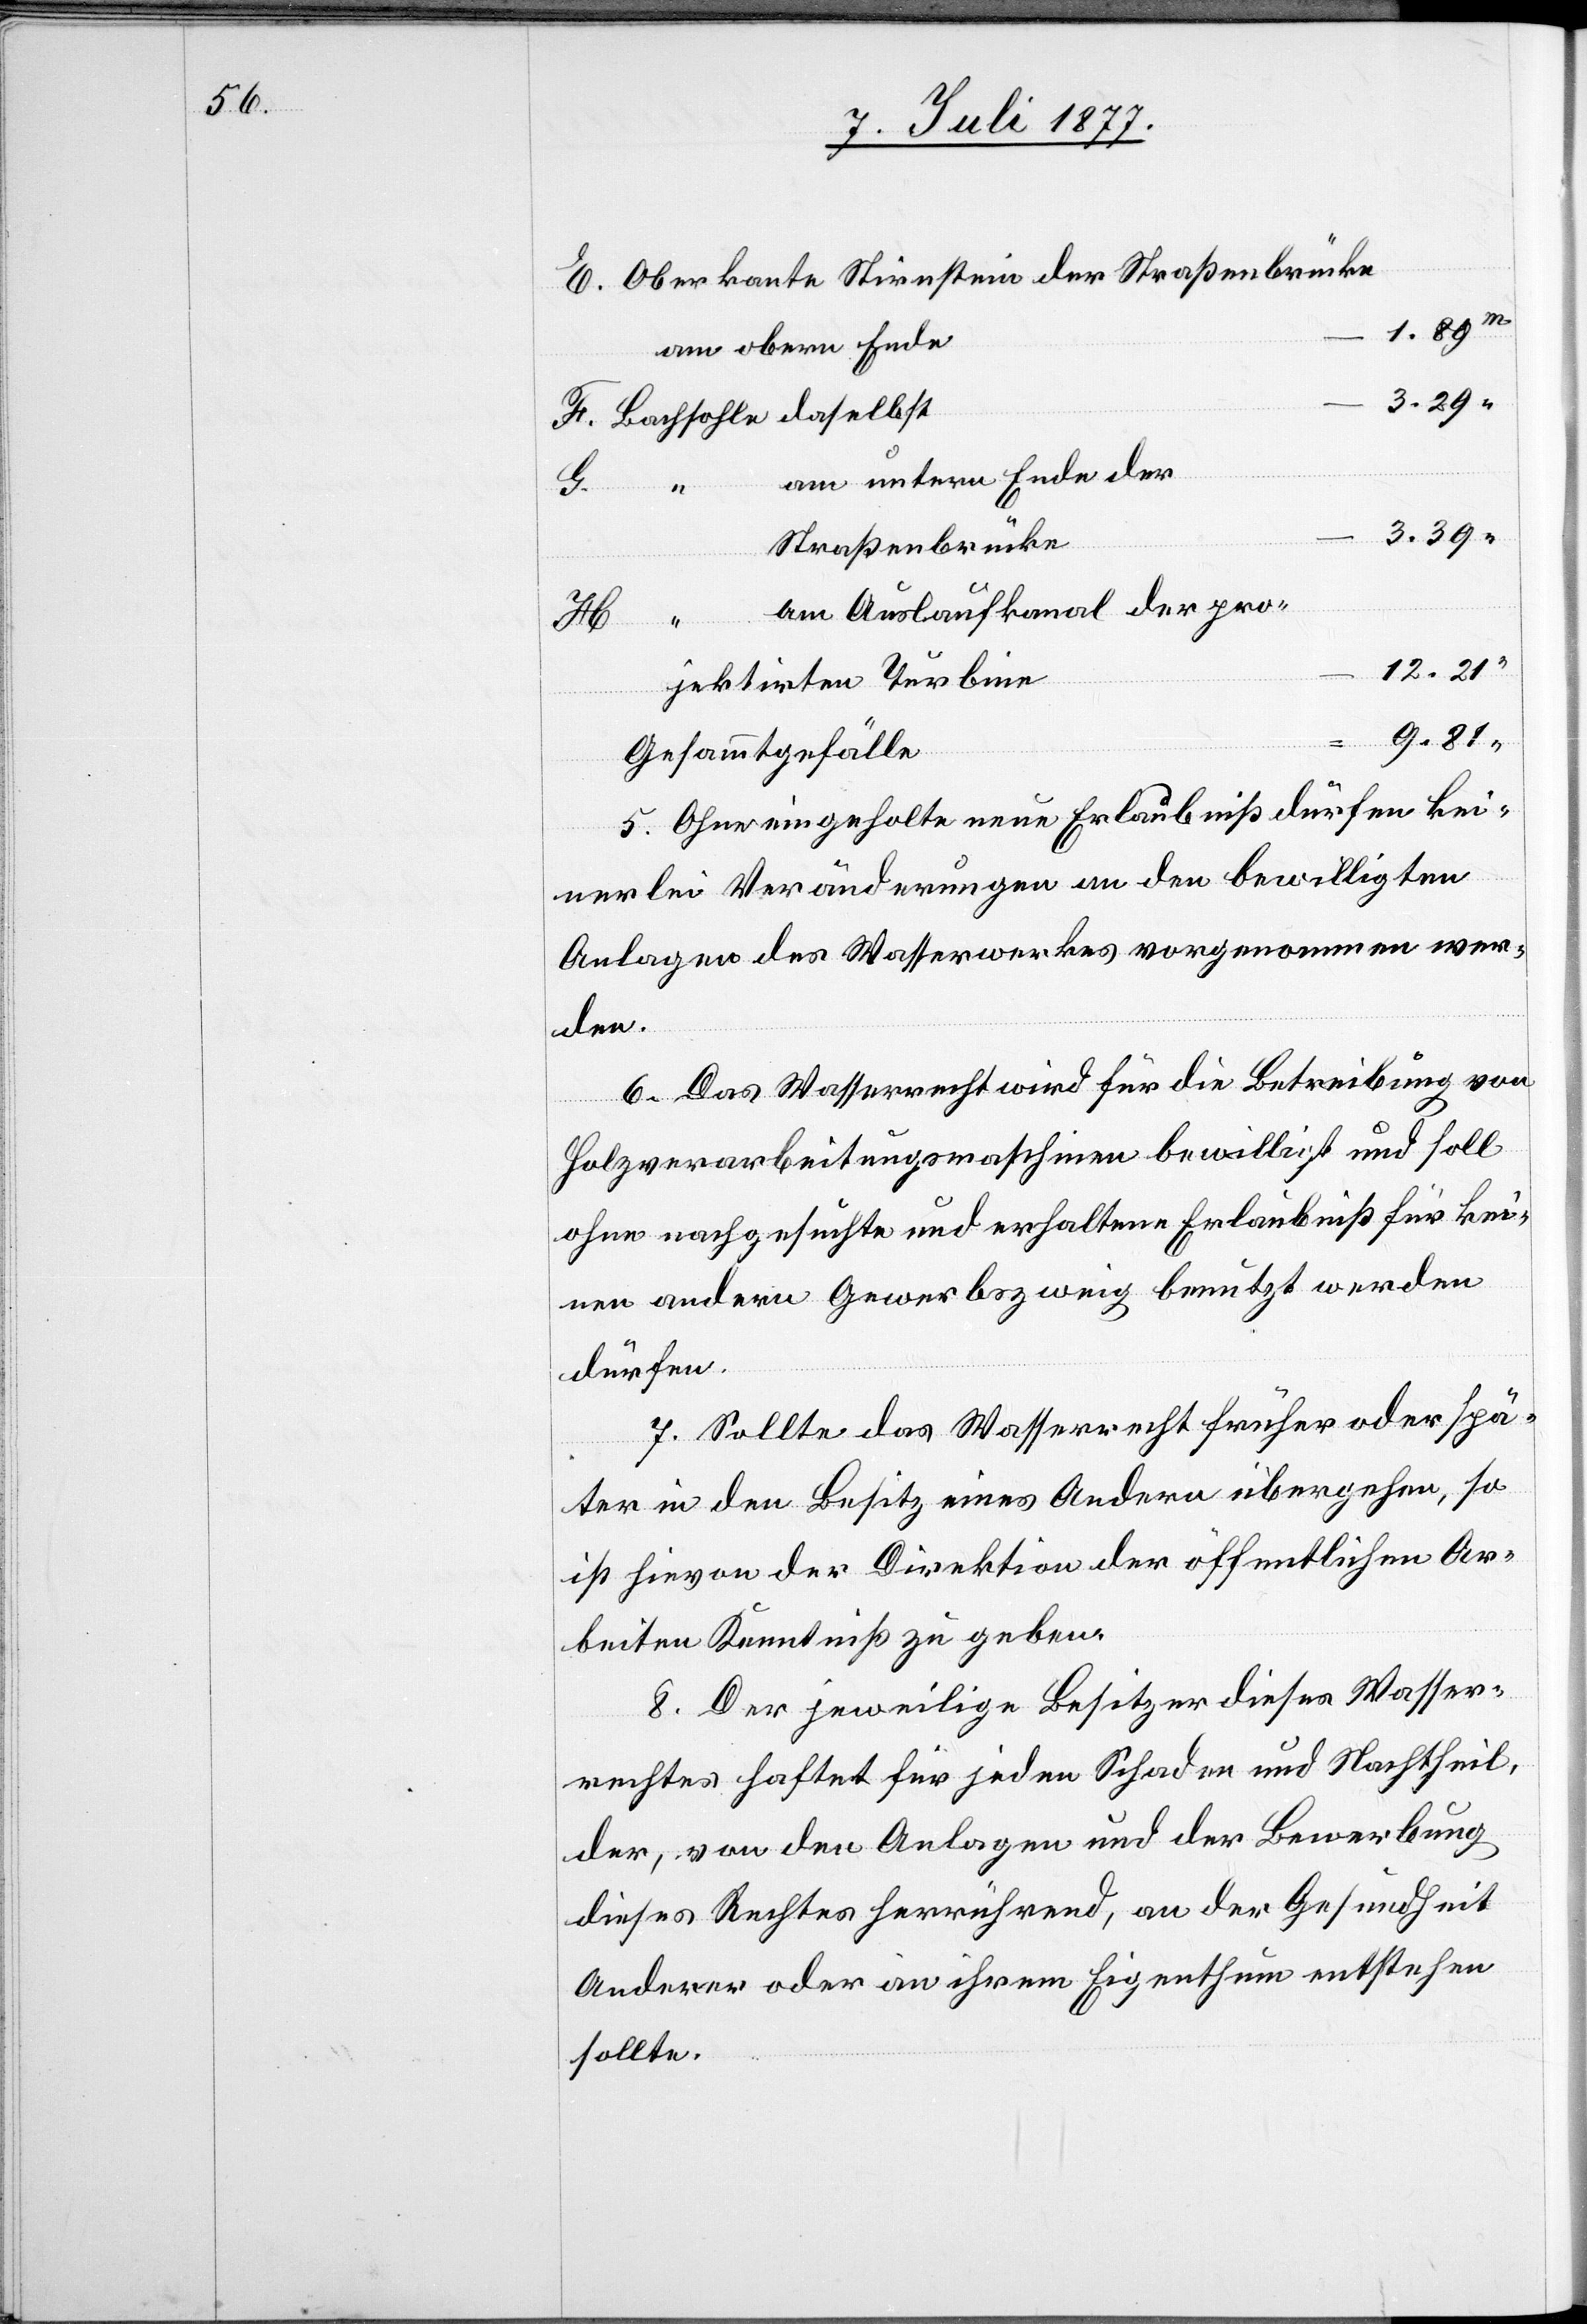
Oberkante Stirnstein der Straßenbrücke
am obern Ende
3.39
Bachsohle daselbst
am untern Ende der
E.
Straßenbrücke
am Auslaufkanal der pro¬
H.
12.21
jektirten Turbine
“
Gesammtgefälle
5. Ohne eingeholte neue Erlaubniß dürfen kei¬
nerlei Veränderungen an den bewilligten
Anlagen des Wasserwerkes vorgenommen wer¬
den.
6. Das Wasserrecht wird für die Betreibung von
Holzverarbeitungsmaschinen bewilligt und soll
ohne nachgesuchte und erhaltene Erlaubniß für kei¬
nen andern Gewerbszweig benutzt werden
dürfen.
7. Sollte das Wasserrecht früher oder spä¬
ter in den Besitz eines Andern übergehen, so
ist hievon der Direktion der öffentlichen Ar¬
beiten Kenntniß zu geben.
8. Der jeweilige Besitzer dieses Wasser¬
rechtes haftet für jeden Schaden und Nachtheil,
der, von den Anlagen und der Bewerbung
dieses Rechtes herrührend, an der Gesundheit
Anderer oder an ihrem Eigenthum entstehen
sollte.